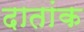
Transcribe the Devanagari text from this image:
दातांक